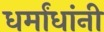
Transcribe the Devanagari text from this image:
धर्मांधांनी